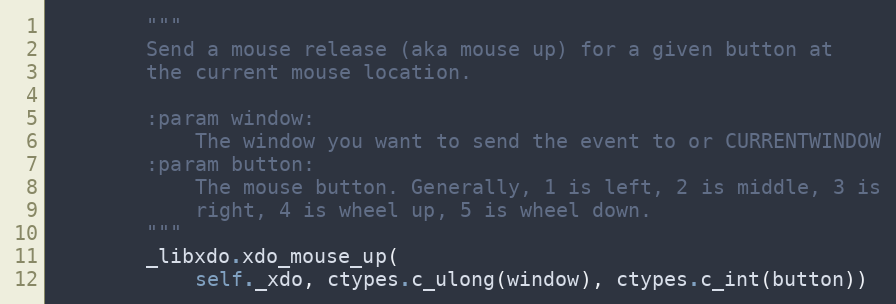
Language: Python
        """
        Send a mouse release (aka mouse up) for a given button at
        the current mouse location.

        :param window:
            The window you want to send the event to or CURRENTWINDOW
        :param button:
            The mouse button. Generally, 1 is left, 2 is middle, 3 is
            right, 4 is wheel up, 5 is wheel down.
        """
        _libxdo.xdo_mouse_up(
            self._xdo, ctypes.c_ulong(window), ctypes.c_int(button))